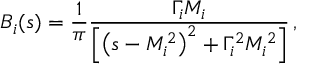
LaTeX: B _ { i } ( s ) = \frac { 1 } { \pi } \frac { \Gamma _ { i } M _ { i } } { \left[ \left( s - M _ { i } ^ { 2 } \right) ^ { 2 } + \Gamma _ { i } ^ { 2 } M _ { i } ^ { 2 } \right] } \, ,